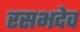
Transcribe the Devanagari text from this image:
रसभदेव